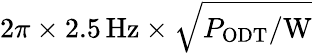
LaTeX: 2\pi\times 2.5\, \mathrm{Hz}\times\sqrt{P_{\mathrm{ODT}}/\mathrm{W}}